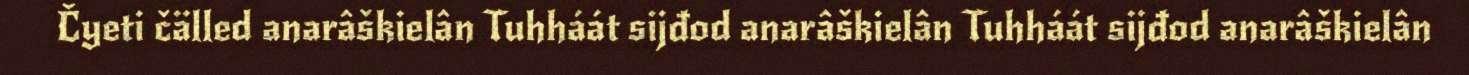
Čyeti čälled anarâškielân Tuhháát sijđod anarâškielân Tuhháát sijđod anarâškielân